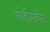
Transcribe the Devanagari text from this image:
योहीमबीन